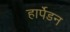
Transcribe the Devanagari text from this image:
हार्पेडन